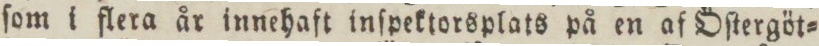
ſom i flera år innehaft inſpektorsplats på en af Öſtergöt=